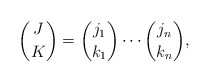
\begin{align*}{J \choose K}={j_1\choose k_1}\cdots{j_n\choose k_n},\end{align*}